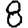
Digit: 8